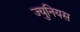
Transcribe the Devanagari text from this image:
ज्युनियस